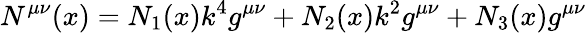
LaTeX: N^{\mu\nu}(x)=N_{1}(x)k^{4}g^{\mu\nu}+N_{2}(x)k^{2}g^{\mu\nu}+N_{3}(x)g^{\mu\nu}